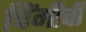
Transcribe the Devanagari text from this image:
चिंगीची